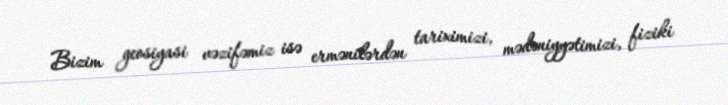
Bizim geosiyasi vəzifəmiz isə ermənilərdən tariximizi, mədəniyyətimizi, fiziki